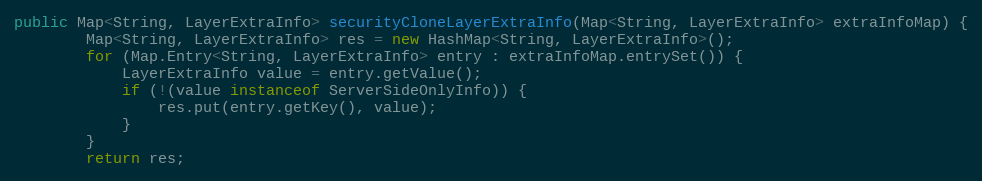
Language: Java
public Map<String, LayerExtraInfo> securityCloneLayerExtraInfo(Map<String, LayerExtraInfo> extraInfoMap) {
		Map<String, LayerExtraInfo> res = new HashMap<String, LayerExtraInfo>();
		for (Map.Entry<String, LayerExtraInfo> entry : extraInfoMap.entrySet()) {
			LayerExtraInfo value = entry.getValue();
			if (!(value instanceof ServerSideOnlyInfo)) {
				res.put(entry.getKey(), value);
			}
		}
		return res;